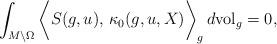
LaTeX: \begin{align*}\int_{M\setminus \Omega} \bigg\langle S(g, u),\, \kappa_0(g, u, X) \bigg \rangle_g\, d\mathrm{vol}_g &=0 ,\end{align*}